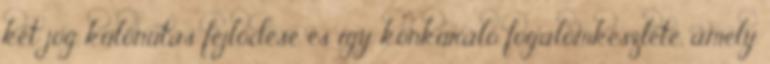
két jog különutas fejlődése és így konkuráló fogalomkészlete, amely